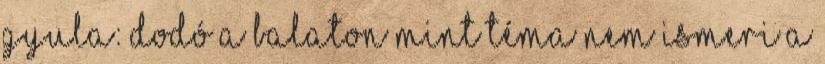
Gyula: Dodó A Balaton mint téma nem ismeri a